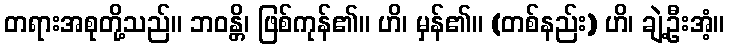
တရားအစုတို့သည်။ ဘဝန္တိ၊ ဖြစ်ကုန်၏။ ဟိ၊ မှန်၏။ (တစ်နည်း) ဟိ၊ ချဲ့ဦးအံ့။